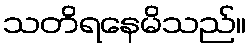
သတိရနေမိသည်။